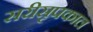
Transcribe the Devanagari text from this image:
सरीसृपकाल